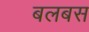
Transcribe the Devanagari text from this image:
बलबस